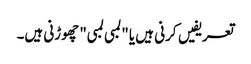
تعریفیں کرنی ہیں یا "لمبی لمبی" چھوڑنی ہیں۔